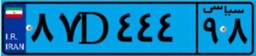
۸۷D۴۴۴۹۸